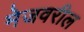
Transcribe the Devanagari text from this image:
मेजवरील